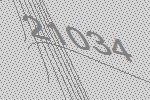
21034